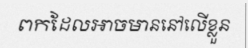
ពកដែលអាចមាននៅលើខ្លួន